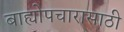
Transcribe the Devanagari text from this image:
बाह्योपचारासाठी